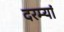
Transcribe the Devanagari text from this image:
दरम्यां